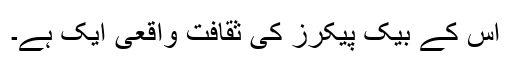
اس کے بیک پیکرز کی ثقافت واقعی ایک ہے۔